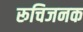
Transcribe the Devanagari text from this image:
रूचिजनक